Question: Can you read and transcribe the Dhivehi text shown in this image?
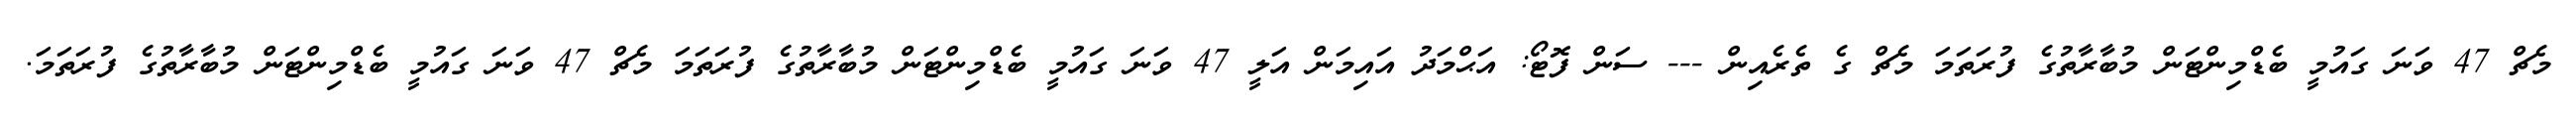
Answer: މެޗް 47 ވަނަ ގައުމީ ބެޑްމިންޓަން މުބާރާތުގެ ފުރަތަމަ މެޗް ގެ ތެރެއިން --- ސަން ފޮޓޯ: އަޙްމަދު އައިމަން އަލީ 47 ވަނަ ގައުމީ ބެޑްމިންޓަން މުބާރާތުގެ ފުރަތަމަ މެޗް 47 ވަނަ ގައުމީ ބެޑްމިންޓަން މުބާރާތުގެ ފުރަތަމަ.